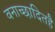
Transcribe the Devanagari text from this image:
वनाच्‍छादितहै